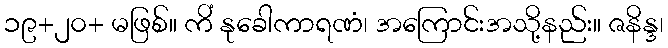
၁၉+၂၀+ မဖြစ်။ ကိံ နုခေါကာရဏံ၊ အကြောင်းအသို့နည်း။ ဇနိန္ဒ၊